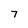
Character: 7